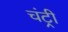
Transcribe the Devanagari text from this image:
चंट्री